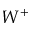
W ^ { + }